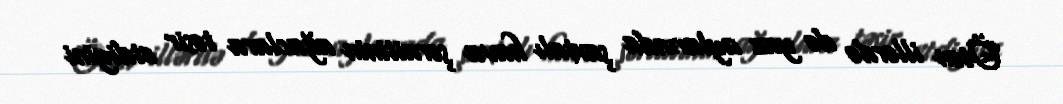
Ötən illərdə də yaz aylarında şaxtalı hava şəraitinin ağaclara təsir etdiyini